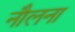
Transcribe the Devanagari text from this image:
नौलना